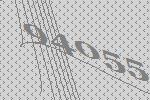
94055